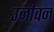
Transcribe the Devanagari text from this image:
उर्जावन